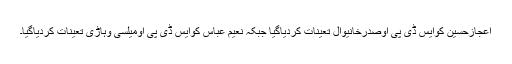
اعجازحسین کوایس ڈی پی اوصدرخانیوال تعینات کردیاگیا جبکہ نعیم عباس کوایس ڈی پی اومیلسی وہاڑی تعینات کردیاگیا۔